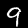
Label: 9